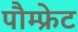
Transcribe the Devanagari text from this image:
पौम्‍फ्रेट